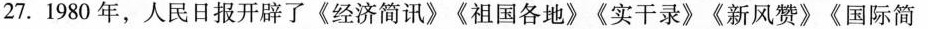
27.1980年，人民日报开辟了《经济简讯》《祖国各地》《实干录》《新风赞》《国际简